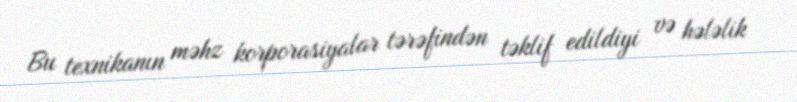
Bu texnikanın məhz korporasiyalar tərəfindən təklif edildiyi və hələlik